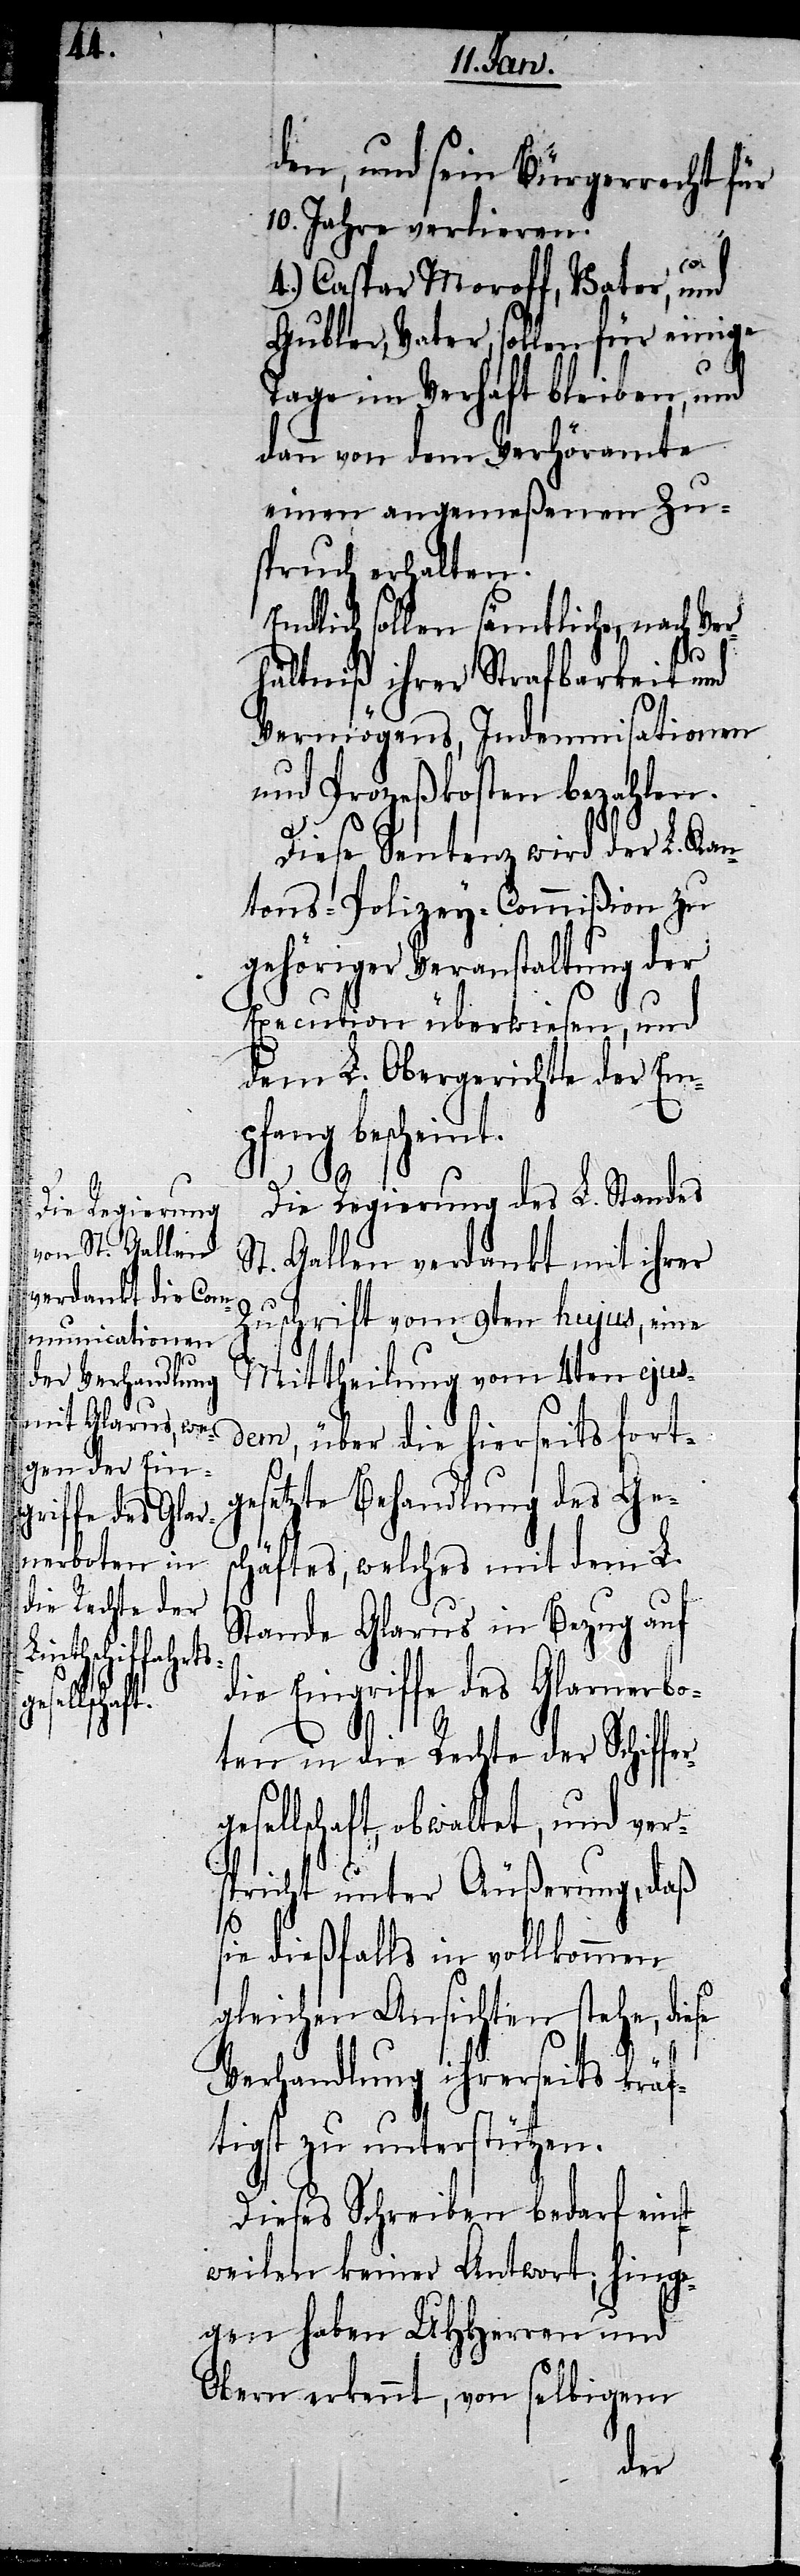
s¬

den, und sein Bürgerrecht für
10. Jahre verlieren.
4.) Caspar Moroff, Vater, und
Gubler, Vater, sollen für einige
Tage im Verhaft bleiben, und
dann von dem Verhöramte
einen angemeßenen Zu¬
spruch erhalten.
Endlich sollen sämtliche, nach
Ver¬
hältniß ihrer Strafbarkeit und
Vermögens, Indemnisationen
und Prozeßkosten bezahlen.
Diese Sentenz wird der L. Kan¬
tons-Polizey-Commißion zu
gehöriger Veranstaltung der
Execution überwiesen, und
dem L. Obergerichte der Em¬
pfang bescheint.
Die Regierung des L. Standes
St. Gallen verdankt mit ihrer
Zuschrift vom 9ten hujus, eine
Mittheilung vom 4ten ejus¬
dem,
über die hierseits fort¬
gesetzte Behandlung des Ges¬
chäftes, welches mit dem L.
Stande Glarus in Bezug auf
die Eingriffe des Glarnerbo¬
ten in die Rechte der Schiffe¬
esellschaft, obwaltet, und ver¬
spricht unter Äußerung, daß
ie dießfalls in vollkommen
gleichen Ansichten stehe, diese
Verhandlung ihrerseits kräf¬
tigst zu unterstützen.
Dieses Schreiben bedarf eins¬
tweilen keiner Antwort; hinge¬
gen haben UHHerren und
Obern erkennt, von selbigem